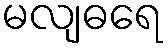
မလျဓရေ